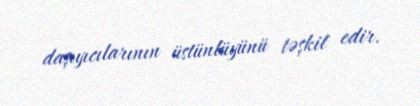
daşıyıcılarının üstünlüyünü təşkil edir.